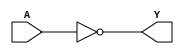
module NOT(A, Y);
/* verilator tracing_off*/
input A;
output Y;
assign Y = ~A;
endmodule

module AND(A, B, Y);
/* verilator tracing_off*/
input A, B;
output Y;
assign Y = (A & B);
endmodule

module OR(A, B, Y);
/* verilator tracing_off*/
input A, B;
output Y;
assign Y = (A | B);
endmodule

module XOR(A, B, Y);
/* verilator tracing_off*/
input A, B;
output Y;
assign Y = (A ^ B);
endmodule

module MUX(A, B, S, Y);
/* verilator tracing_off*/
input A, B, S;
output Y;
assign Y = S ? A : B;
endmodule


module DFFR(C, D, Q, R);
/* verilator tracing_off*/
input C, D, R;
output reg Q;
always @(posedge C, posedge R)
	if (R)
		Q <= 1'b0;
	else
		Q <= D;
endmodule